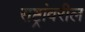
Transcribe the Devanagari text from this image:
राष्ट्रांवरील